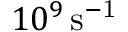
1 0 ^ { 9 } \, \mathrm { s ^ { - 1 } }